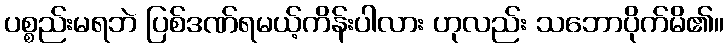
ပစ္စည်းမရဘဲ ပြစ်ဒဏ်ရမယ့်ကိန်းပါလား ဟုလည်း သဘောပိုက်မိ၏။